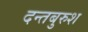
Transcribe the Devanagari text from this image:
दन्तबुरुश